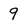
Character: 9